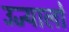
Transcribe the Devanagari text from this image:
उज्यालो